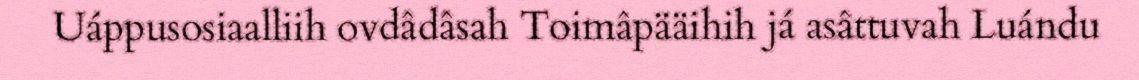
Uáppusosiaalliih ovdâdâsah Toimâpääihih já asâttuvah Luándu